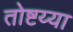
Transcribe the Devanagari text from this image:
तोष्टय्या